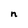
Character: n